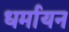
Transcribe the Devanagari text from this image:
धर्मायन